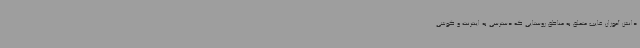
دانش آموزان غایب متعلق به مناطق روستایی که دسترسی به اینترنت و گوشی